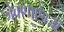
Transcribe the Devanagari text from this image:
जेवणाऐवजी